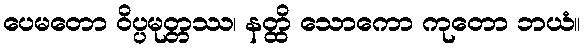
ပေမတော ဝိပ္ပမုတ္တဿ၊ နတ္ထိ သောကော ကုတော ဘယံ။